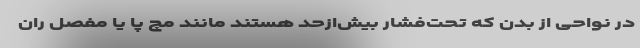
در نواحی از بدن که تحت‌فشار بیش‌ازحد هستند مانند مچ پا یا مفصل ران